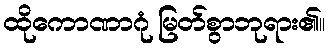
ထိုကောဏာဂုံ မြတ်စွာဘုရား၏။